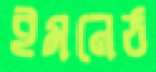
ইমনেঠ